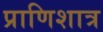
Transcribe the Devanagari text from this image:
प्राणिशात्र